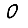
Digit: 0